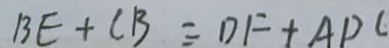
B E + C B = D F + A P C